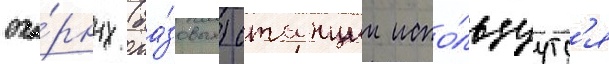
опо́рных (ба́зовых) станции испо́льзуутс'я